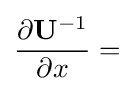
{\frac {\partial \mathbf {U} ^{-1}}{\partial x}}=